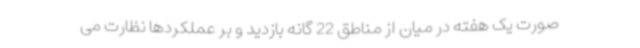
صورت یک هفته در میان از مناطق 22 گانه بازدید و بر عملکردها نظارت می